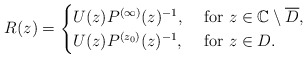
\begin{align*}R(z)=\begin{cases}U(z)P^{(\infty)}(z)^{-1},&\mbox{ for $z\in \mathbb C\setminus\overline{D}$,}\\U(z)P^{(z_0)}(z)^{-1},&\mbox{ for $z\in D$.}\end{cases}\end{align*}